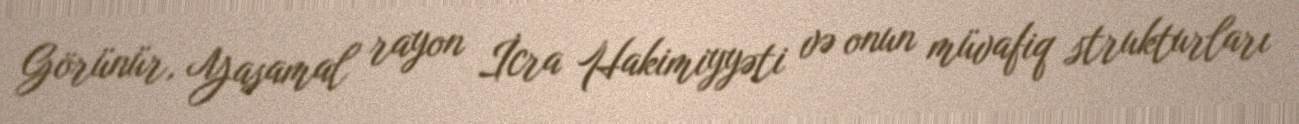
Görünür, Yasamal rayon İcra Hakimiyyəti və onun müvafiq strukturları